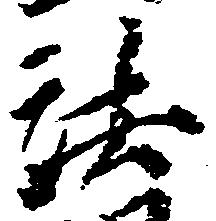
法